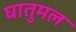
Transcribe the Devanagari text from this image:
घातुमल